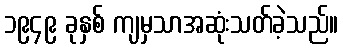
၁၉၄၉ ခုနှစ် ကျမှသာအဆုံးသတ်ခဲ့သည်။